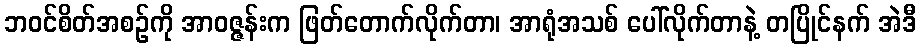
ဘဝင်စိတ်အစဉ်ကို အာဝဇ္ဇန်းက ဖြတ်တောက်လိုက်တာ၊ အာရုံအသစ် ပေါ်လိုက်တာနဲ့ တပြိုင်နက် အဲဒီ